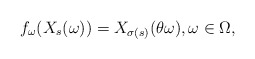
\begin{align*}f_\omega (X_s(\omega)) =X_{\sigma (s)} (\theta \omega) , \omega \in \Omega,\end{align*}